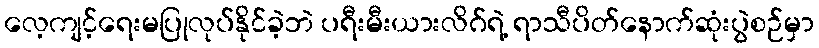
လေ့ကျင့်ရေးမပြုလုပ်နိုင်ခဲ့ဘဲ ပရီးမီးယားလိဂ်ရဲ့ ရာသီပိတ်နောက်ဆုံးပွဲစဉ်မှာ